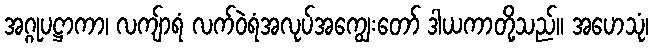
အဂ္ဂုပဋ္ဌာကာ၊ လကျ်ာရံ လက်ဝဲရံအလုပ်အကျွေးတော် ဒါယကာတို့သည်။ အဟေသုံ၊